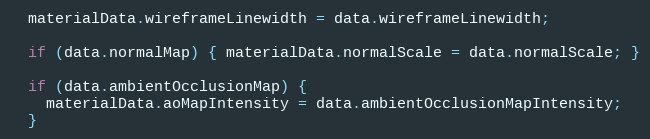
Language: JavaScript
  materialData.wireframeLinewidth = data.wireframeLinewidth;

  if (data.normalMap) { materialData.normalScale = data.normalScale; }

  if (data.ambientOcclusionMap) {
    materialData.aoMapIntensity = data.ambientOcclusionMapIntensity;
  }